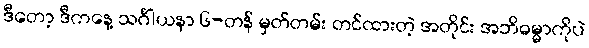
ဒီတော့ ဒီကနေ့ သင်္ဂါယနာ ၆-တန် မှတ်တမ်း တင်ထားတဲ့ အတိုင်း အဘိဓမ္မာကိုပဲ